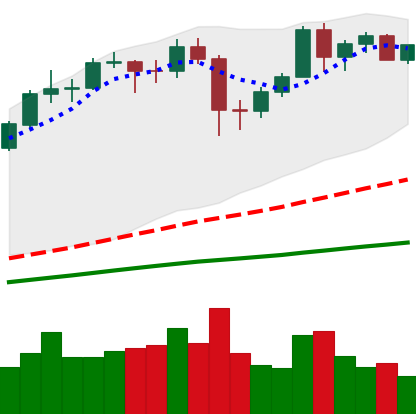
Ticker: BTC-USD
Chart end date: 2020-12-05
Forward return: -4.642%
Label: down_3_5